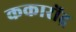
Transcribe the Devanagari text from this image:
ककारोंद्र